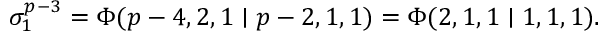
\sigma _ { 1 } ^ { p - 3 } = \Phi ( p - 4 , 2 , 1 \mid p - 2 , 1 , 1 ) = \Phi ( 2 , 1 , 1 \mid 1 , 1 , 1 ) .